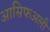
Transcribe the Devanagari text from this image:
आसिफअली